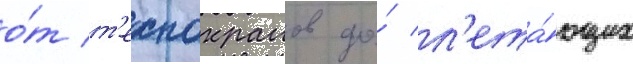
о́т т'ехнокранов до́ л'ета́ющих